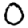
Digit: 0